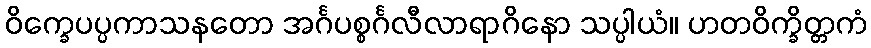
ဝိက္ခေပပ္ပကာသနတော အင်္ဂပစ္စင်္ဂလီလာရာဂိနော သပ္ပါယံ။ ဟတဝိက္ခိတ္တကံ